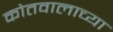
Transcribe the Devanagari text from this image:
कोतवालाच्या